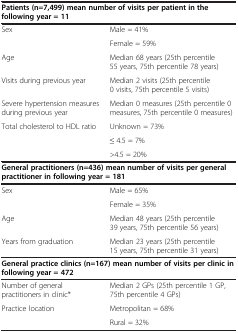
<table><thead><tr><td colspan="2"><b>Patients (n=7,499) mean number of visits per patient in the following year = 11</b></td></tr></thead><tbody><tr><td rowspan="2">Sex</td><td>Male = 41%</td></tr><tr><td>Female = 59%</td></tr><tr><td>Age</td><td>Median 68 years (25th percentile 55 years, 75th percentile 78 years)</td></tr><tr><td>Visits during previous year</td><td>Median 2 visits (25th percentile 0 visits, 75th percentile 5 visits)</td></tr><tr><td>Severe hypertension measures during previous year</td><td>Median 0 measures (25th percentile 0 measures, 75th percentile 0 measures)</td></tr><tr><td rowspan="2">Total cholesterol to HDL ratio</td><td>Unknown = 73%</td></tr><tr><td>≤ 4.5 = 7%</td></tr><tr><td> </td><td>&gt;4.5 = 20%</td></tr><tr><td colspan="2"><b>General practitioners (n=436) mean number of visits per general practitioner in following year = 181</b></td></tr><tr><td rowspan="2">Sex</td><td>Male = 65%</td></tr><tr><td>Female = 35%</td></tr><tr><td>Age</td><td>Median 48 years (25th percentile 39 years, 75th percentile 56 years)</td></tr><tr><td>Years from graduation</td><td>Median 23 years (25th percentile 15 years, 75th percentile 31 years)</td></tr><tr><td colspan="2"><b>General practice clinics (n=167) mean number of visits per clinic in following year = 472</b></td></tr><tr><td>Number of general practitioners in clinic*</td><td>Median 2 GPs (25th percentile 1 GP, 75th percentile 4 GPs)</td></tr><tr><td rowspan="2">Practice location</td><td>Metropolitan = 68%</td></tr><tr><td>Rural = 32%</td></tr></tbody></table>